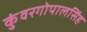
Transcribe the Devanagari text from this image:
कुंवरगोपालसिंह